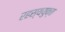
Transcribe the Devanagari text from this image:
रहस्ययुक्त